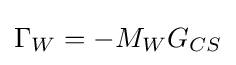
\Gamma _{W}=-M_{W}G_{CS}